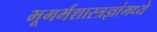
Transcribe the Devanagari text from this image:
भूगर्भशास्त्रज्ञांमध्ये